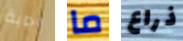
إجابة ما ذراع